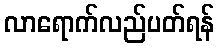
လာရောက်လည်ပတ်ရန်